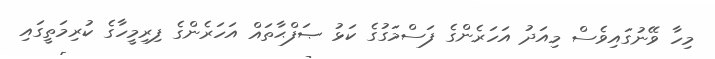
މިހާ ވޭނުގައިވެސް މިއަދު އަހަރެންގެ ފަސްމަގުގެ ކަޅު ޞަފްޙާތައް އަހަރެންގެ ފިރިމީހާގެ ކުރިމަތީގައި